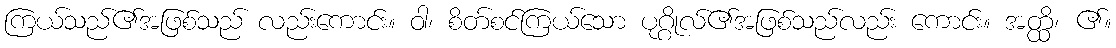
ကြယ်သည်၏အဖြစ်သည် လည်းကောင်း။ ဝါ၊ စိတ်စင်ကြယ်သော ပုဂ္ဂိုလ်၏အဖြစ်သည်လည်း ကောင်း။ အတ္ထိ၊ ၏။